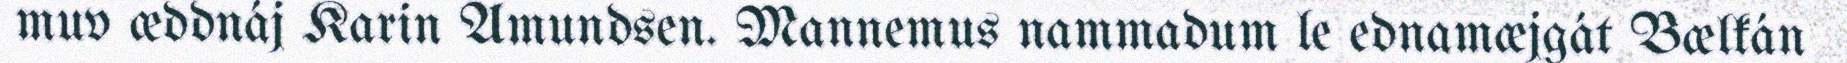
muv æddnáj Karin Amundsen. Mannemus nammadum le ednamæjgát Bælkán